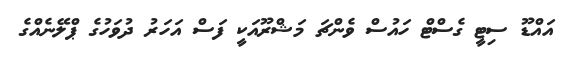
އައްޑޫ ސިޓީ ގެސްޓް ހައުސް ވެންޗަ މަޝްރޫއަކީ ފަސް އަހަރު ދުވަހުގެ ޕްލޭނެއްގެ